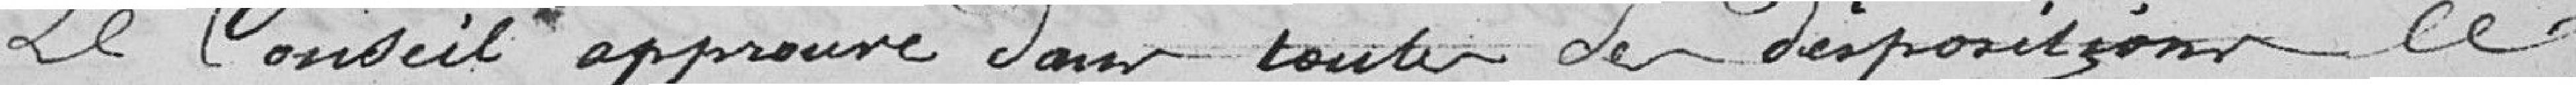
Le Conseil approuve dans toutes les dispositions ce